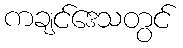
ကချင်ဒေသတွင်